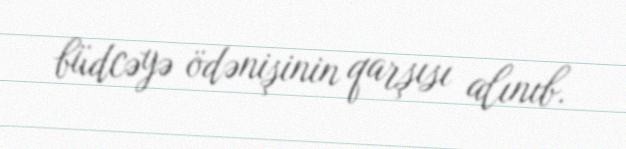
büdcəyə ödənişinin qarşısı alınıb.